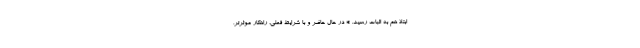
ابتلا هم به اثبات رسید. * در حال حاضر و با شرایط فعلی، راهکار موثرتر،